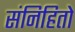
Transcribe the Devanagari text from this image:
संनिहितो